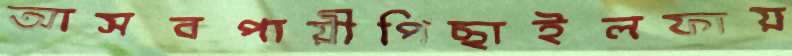
আসবপায়ীপিছাইলফায়